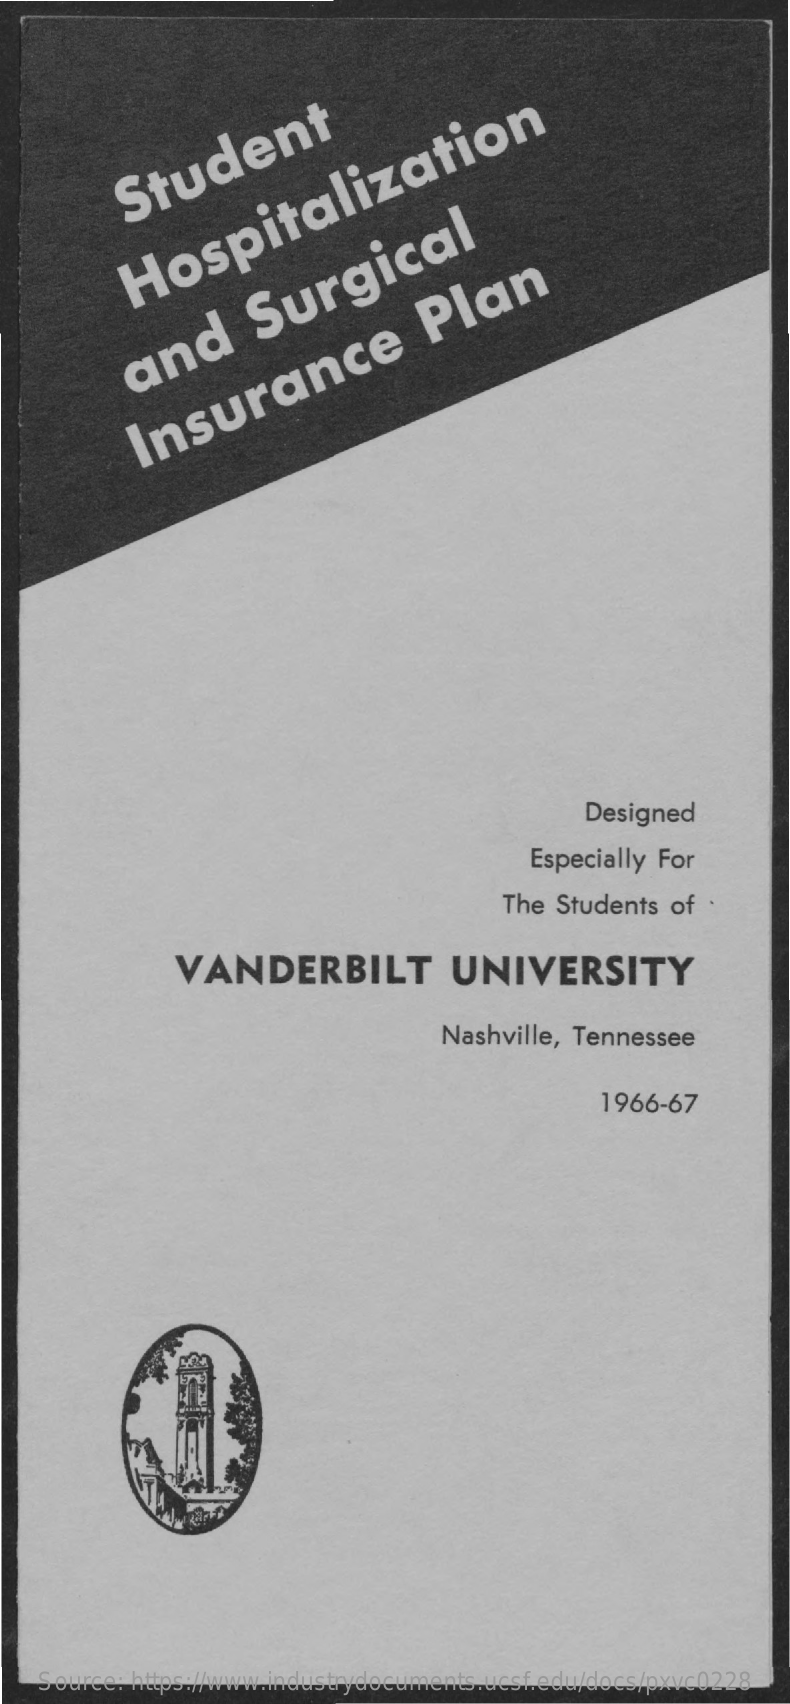
Student Hospitalization
     and
     Surgical
     Insurance
     Plan
     Designed
     Especially For
     The Students  of ·
     VANDERBILT    UNIVERSITY
     Nashville, Tennessee
     1966-67
    Source: https://www.industrydocuments.ucsf.edu/docs/pxvc0228